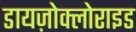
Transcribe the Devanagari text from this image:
डायज़ोक्लोराइड